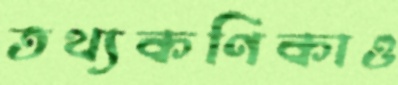
তথ্যকণিকাও